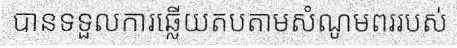
បានទទួលការឆ្លើយតបតាមសំណូមពររបស់